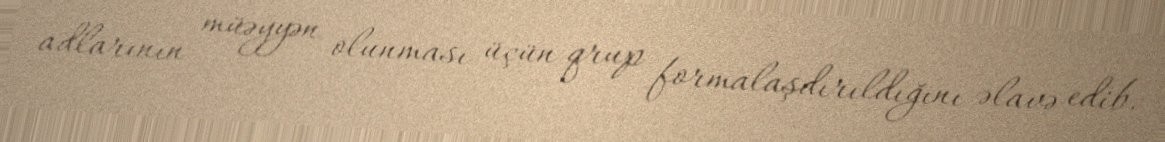
adlarının müəyyən olunması üçün qrup formalaşdırıldığını əlavə edib.